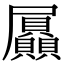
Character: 屭